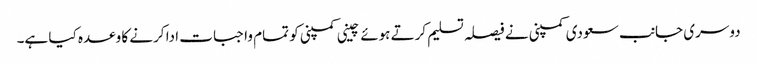
دوسری جانب سعودی کمپنی نے فیصلہ تسلیم کرتے ہوئے چینی کمپنی کو تمام واجبات ادا کرنے کا وعدہ کیا ہے۔